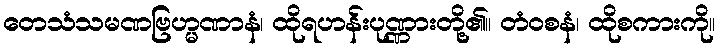
တေသံသမဏဗြဟ္မဏာနံ၊ ထိုရဟန်းပုဏ္ဏားတို့၏။ တံဝစနံ၊ ထိုစကားကို။